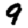
Digit: 9